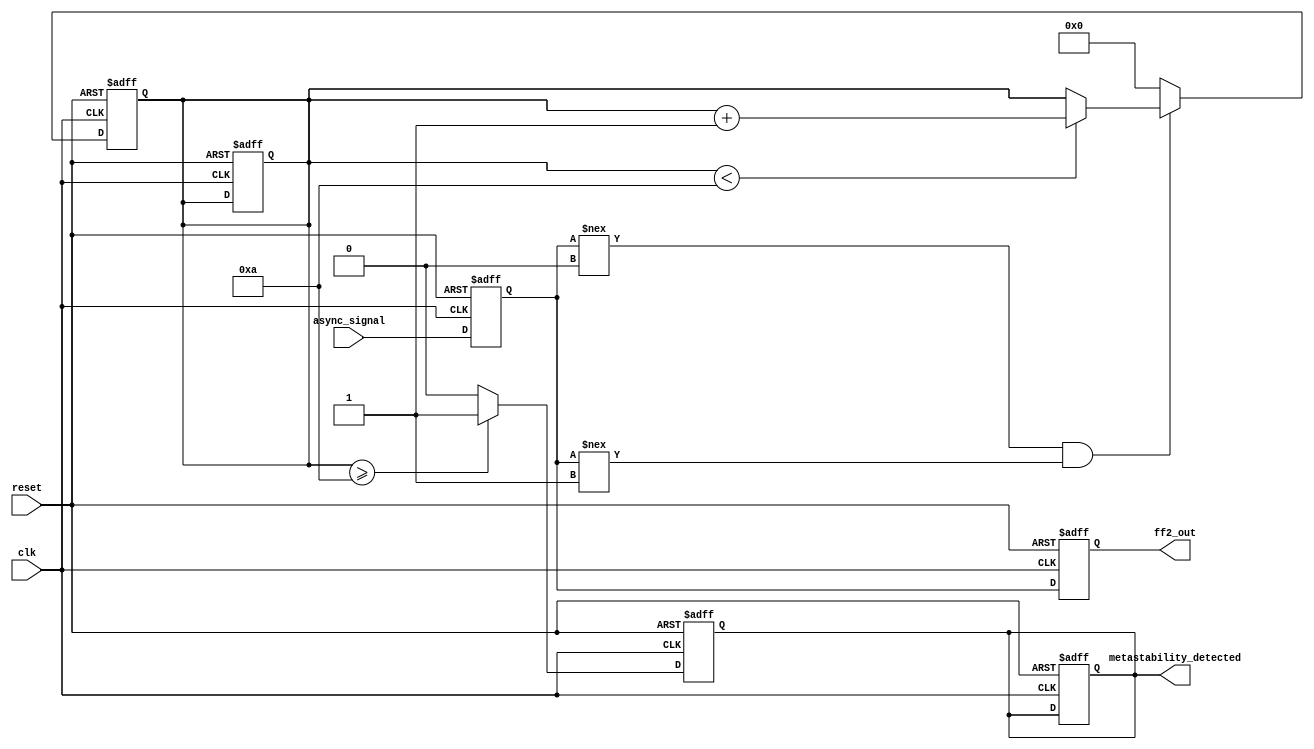
module metastability_detector (
    input wire clk,                  // Clock signal
    input wire async_signal,         // Asynchronous input signal
    input wire reset,                // Optional reset signal
    output reg ff2_out,              // Synchronized output signal
    output reg metastability_detected // Metastability detection flag
);

    reg ff1_out;                     // Output of the first flip-flop
    reg [3:0] metastability_counter;  // Counter for metastability detection

    // Parameters
    parameter METASTABILITY_THRESHOLD = 4'd10; // Adjust as needed for your design

    // First flip-flop: samples the asynchronous input
    always @(posedge clk or posedge reset) begin
        if (reset) begin
            ff1_out <= 1'b0; // Initialize to a known state
            metastability_counter <= 4'd0; // Reset counter
            metastability_detected <= 1'b0; // Clear detection flag
        end else begin
            ff1_out <= async_signal; // Sample the asynchronous signal
        end
    end

    // Second flip-flop: samples the output of the first flip-flop
    always @(posedge clk or posedge reset) begin
        if (reset) begin
            ff2_out <= 1'b0; // Initialize to a known state
        end else begin
            ff2_out <= ff1_out; // Synchronize the output
        end
    end

    // Metastability detection logic
    always @(posedge clk or posedge reset) begin
        if (reset) begin
            metastability_counter <= 4'd0; // Reset counter
            metastability_detected <= 1'b0; // Clear detection flag
        end else begin
            // Check if ff1_out is in a metastable state
            if (ff1_out !== 1'b0 && ff1_out !== 1'b1) begin
                // Increment the metastability counter
                if (metastability_counter < METASTABILITY_THRESHOLD) begin
                    metastability_counter <= metastability_counter + 1;
                end
            end else begin
                // Reset the counter if ff1_out is stable
                metastability_counter <= 4'd0;
            end

            // Assert the metastability detection flag if threshold is exceeded
            if (metastability_counter >= METASTABILITY_THRESHOLD) begin
                metastability_detected <= 1'b1;
            end else begin
                metastability_detected <= 1'b0; // Clear the flag if not detected
            end
        end
    end

endmodule